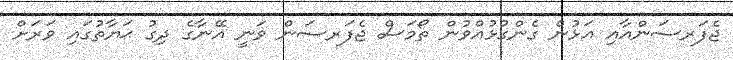
ޖެފަރސަންއާއި އަޅުން ގެންގުޅުއްވުން ތޯމަސް ޖެފަރސަން ވަނީ އޭނާގެ ދިގު ޙަޔާތުގައި ވަރަށް